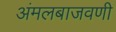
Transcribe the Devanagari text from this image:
अंमलबाजवणी